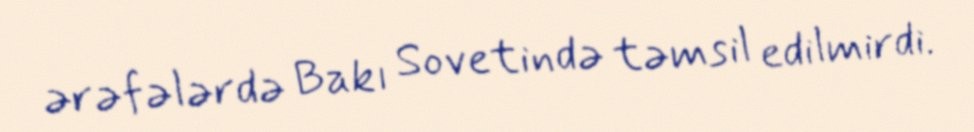
ərəfələrdə Bakı Sovetində təmsil edilmirdi.